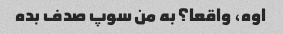
اوه، واقعا؟ به من سوپ صدف بده